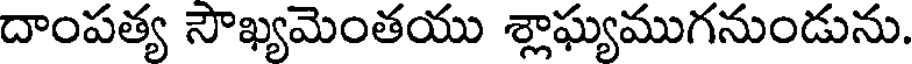
దాంపత్య సౌఖ్యమెంతయు శ్లాఘ్యముగనుండును.